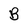
Character: B